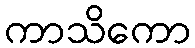
ကာသိကော